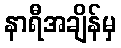
နာရီအချိန်မှ